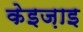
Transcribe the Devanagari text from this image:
केइज़ाइ